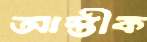
আস্তীক